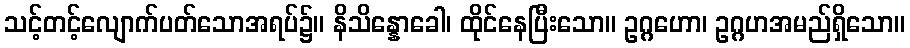
သင့်တင့်လျောက်ပတ်သောအရပ်၌။ နိသိန္နောခေါ၊ ထိုင်နေပြီးသော။ ဥဂ္ဂဟော၊ ဥဂ္ဂဟအမည်ရှိသော။